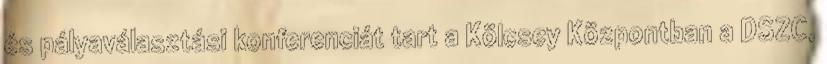
és pályaválasztási konferenciát tart a Kölcsey Központban a DSZC,